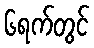
၆ရက်တွင်